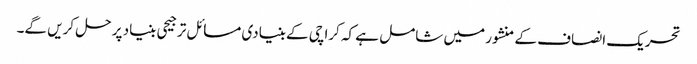
تحریک انصاف کے منشور میں شامل ہے کہ کراچی کے بنیادی مسائل ترجیحی بنیاد پر حل کریں گے۔